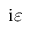
\mathrm { i } \varepsilon